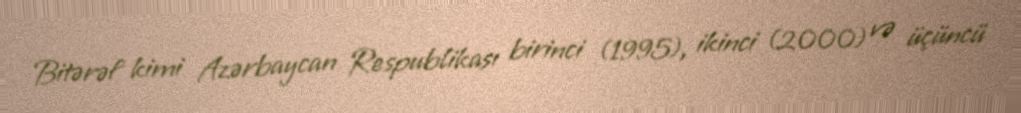
Bitərəf kimi Azərbaycan Respublikası birinci (1995), ikinci (2000) və üçüncü